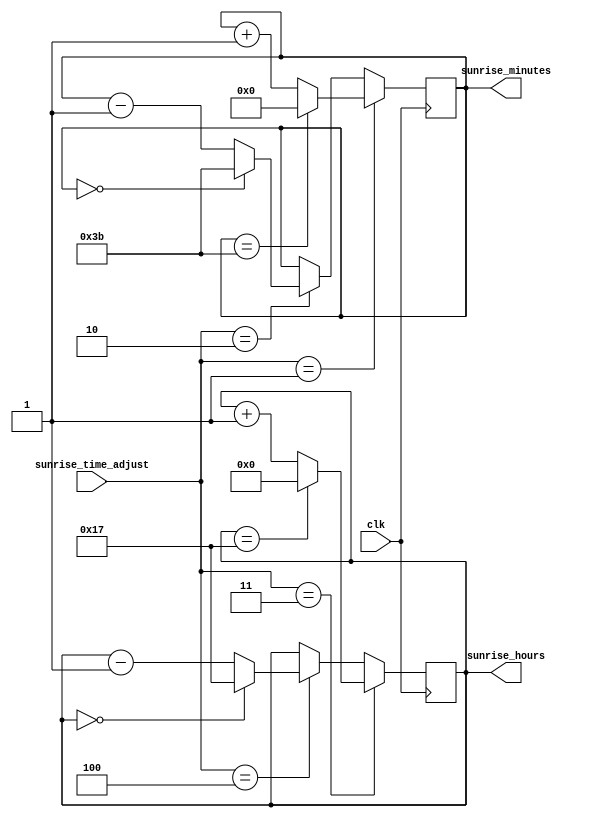
module sunrise_time_controller(
    input clk,
    input [2:0] sunrise_time_adjust,
    output reg [4:0] sunrise_hours,
    output reg [5:0] sunrise_minutes
);

    always @(posedge clk)
        if (sunrise_time_adjust == 3'd3)
            if (sunrise_hours == 5'd23)
                sunrise_hours <= 0;
            else
                sunrise_hours <= sunrise_hours + 1;
        else if (sunrise_time_adjust == 4'd4)
            if (sunrise_hours == 5'd0)
                sunrise_hours <= 5'd23;
            else
                sunrise_hours <= sunrise_hours - 1;
        else
            sunrise_hours <= sunrise_hours;

    always @(posedge clk)
        if (sunrise_time_adjust == 3'd1)
            if (sunrise_minutes == 6'd59)
                sunrise_minutes <= 0;
            else
                sunrise_minutes <= sunrise_minutes + 1;
        else if (sunrise_time_adjust == 3'd2)
            if (sunrise_minutes == 0)
                sunrise_minutes <= 6'd59;
            else
                sunrise_minutes <= sunrise_minutes - 1;
        else
            sunrise_minutes <= sunrise_minutes;

endmodule // sunrise_time_controller